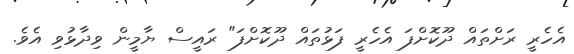
އެހެރީ ރަށްތައް ދޫކޮށްފަ އެހެރީ ފަޅުތައް ދޫކޮށްފަ" ރައީސް ޔާމީން ވިދާޅުވި އެވެ.